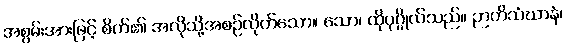
အစွမ်းအားဖြင့် စိတ်၏ အလိုသို့အစဉ်လိုက်သော။ သော၊ ထိုပုဂ္ဂိုလ်သည်။ ဉာတိသံဃာနံ၊